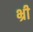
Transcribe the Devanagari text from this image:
भ्री